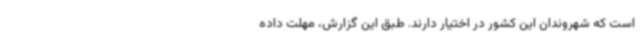
است که شهروندان این کشور در اختیار دارند. طبق این گزارش، مهلت داده